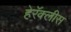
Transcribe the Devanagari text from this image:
हेरॅक्लीस